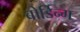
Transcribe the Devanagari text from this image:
बोर्डिन्ग